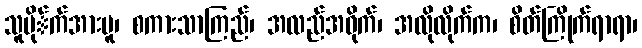
သူမို်က်အားမူ၊ စကားသာကြည်၊ အလည်အဝိုက်၊ အလိုလိုက်က၊ စိတ်ကြိုက်ရာရာ၊